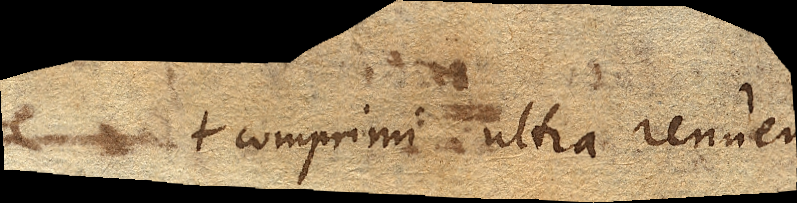
comprimi ultra renuentis